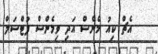
އެޗް ކިއު މެންސް އަދި ވިމެންސް ފުޓްސަލް